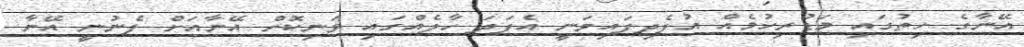
އޭނާގެ ހިތުގައި މަޑުރިހުމެއް އުފެދިފައިވަނީ އެފަދަ ހާލެއްގައި ވަނިކޮށް އޭނާއަށް ފެނުނީ އޭނާ